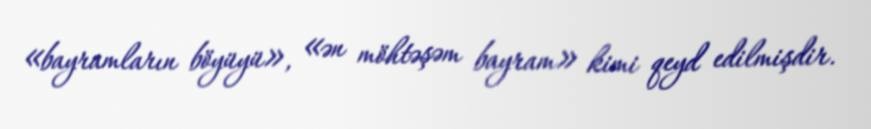
«bayramların böyüyü», «ən möhtəşəm bayram» kimi qeyd edilmişdir.